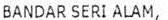
BANDAR SERI ALAM,